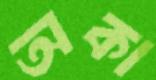
অকা